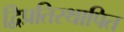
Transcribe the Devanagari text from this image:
द्विप्रतिस्थापित